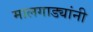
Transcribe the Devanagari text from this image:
मालगाड्यांनी